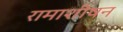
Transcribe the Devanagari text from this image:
रामाशीषन